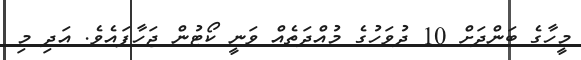
މީހާގެ ބަންދަށް 10 ދުވަހުގެ މުއްދަތެއް ވަނީ ކޯޓުން ޖަހާފައެވެ. އަދި މި